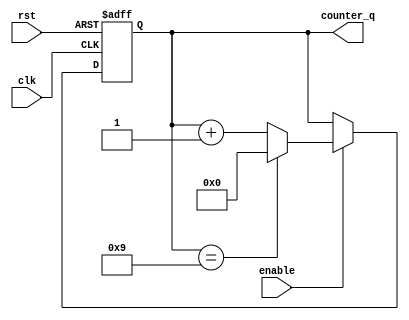
module bcd_up_counter (
    input wire clk,
    input wire rst,
    input wire enable,
    output reg [3:0] counter_q
);

reg [3:0] counter_d;

always @ (posedge clk or posedge rst) begin
    if (rst) begin
        counter_d <= 4'b0000;
    end else if (enable) begin
        if (counter_d == 4'b1001) begin
            counter_d <= 4'b0000;
        end else begin
            counter_d <= counter_d + 1;
        end
    end
end

assign counter_q = counter_d;

endmodule